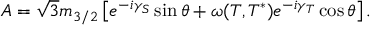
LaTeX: A = \sqrt { 3 } m _ { 3 / 2 } \left[ e ^ { - i \gamma _ { S } } \sin \theta + \omega ( T , T ^ { * } ) e ^ { - i \gamma _ { T } } \cos \theta \right] .